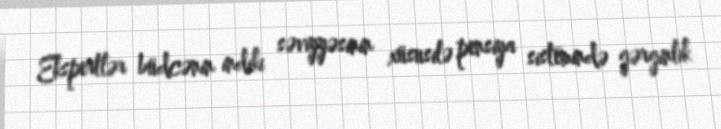
Ekspertlər büdcənin indiki səviyyəsinin xüsusilə pensiya sistemində gərginlik